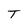
Character: T